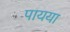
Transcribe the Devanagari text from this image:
पायया